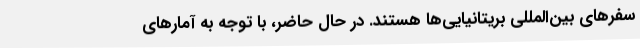
سفرهای بین‌المللی بریتانیایی‌ها هستند. در حال حاضر، با توجه به آمارهای